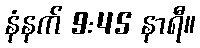
နံနက် 9:45 နာရီ။